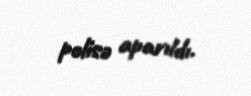
polisə aparıldı.